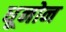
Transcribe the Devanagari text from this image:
धूनोन